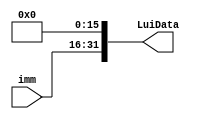
`timescale 1ns / 1ps
//////////////////////////////////////////////////////////////////////////////////
// Company: 
// Engineer: 
// 
// Design Name: 
// Module Name:    LuiExt 
// Project Name: 
// Target Devices: 
// Tool versions: 
// Description: 
//
// Dependencies: 
//
// Revision: 
// Revision 0.01 - File Created
// Additional Comments: 
//
//////////////////////////////////////////////////////////////////////////////////
module LuiExt(
input [15:0]imm,
output [31:0]LuiData
    );
assign LuiData[31:16]=imm;
assign LuiData[15:0]=0;

endmodule